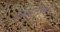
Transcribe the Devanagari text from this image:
सिस्टमफोर्शुंग